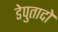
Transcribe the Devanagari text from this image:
डेपुतादो